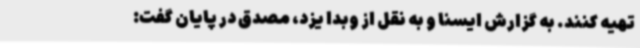
تهیه کنند. به گزارش ایسنا و به نقل از وبدا یزد، مصدق در پایان گفت: